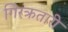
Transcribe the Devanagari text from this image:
गिरक्रतारी